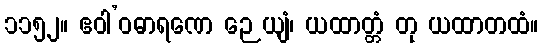
၁၁၅၂။ ဧဝါ’ဝဓာရဏေ ဉေယျံ၊ ယထာတ္တံ တု ယထာတထံ။